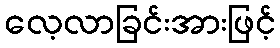
လေ့လာခြင်းအားဖြင့်